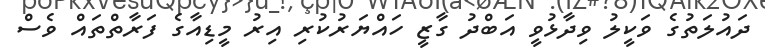
ދައުލަތުގެ ވަކީލު ވިދާޅުވީ އަބްދު ގާޒީ ހައްޔަރުކުރި އިރު މީޑިއާގެ ފަރާތްތައް ވެސް